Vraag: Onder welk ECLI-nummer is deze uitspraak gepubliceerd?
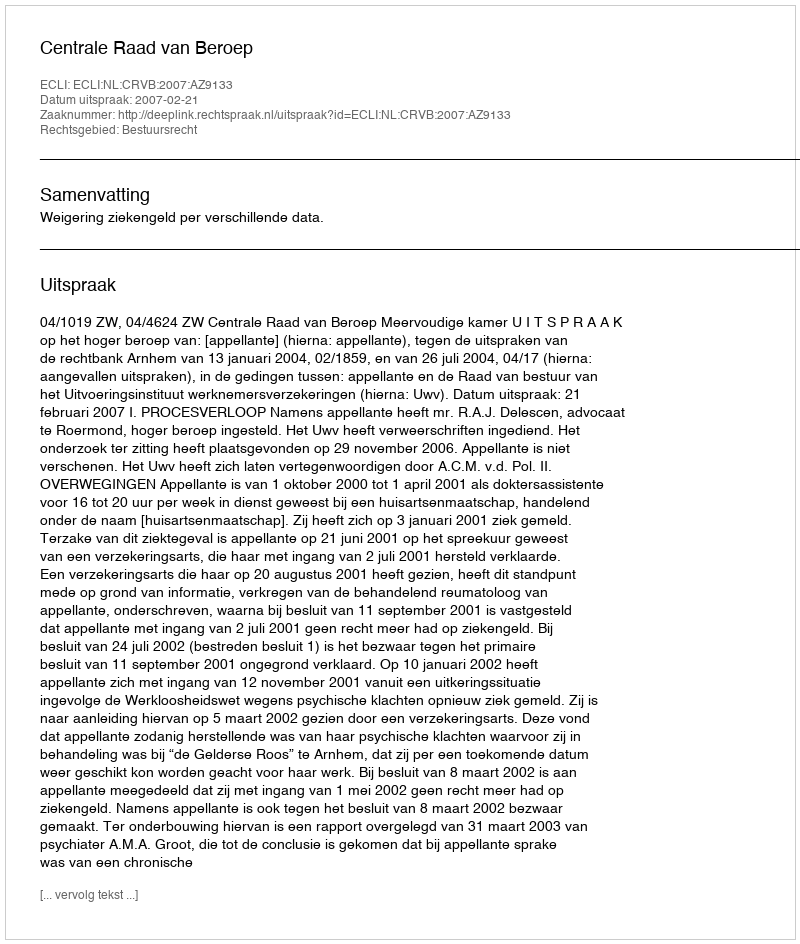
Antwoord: ECLI:NL:CRVB:2007:AZ9133